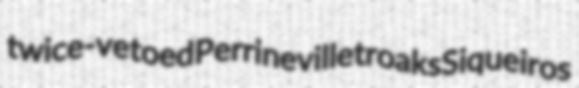
twice-vetoed Perrineville troaks Siqueiros